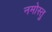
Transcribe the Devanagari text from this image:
नमोस्तु